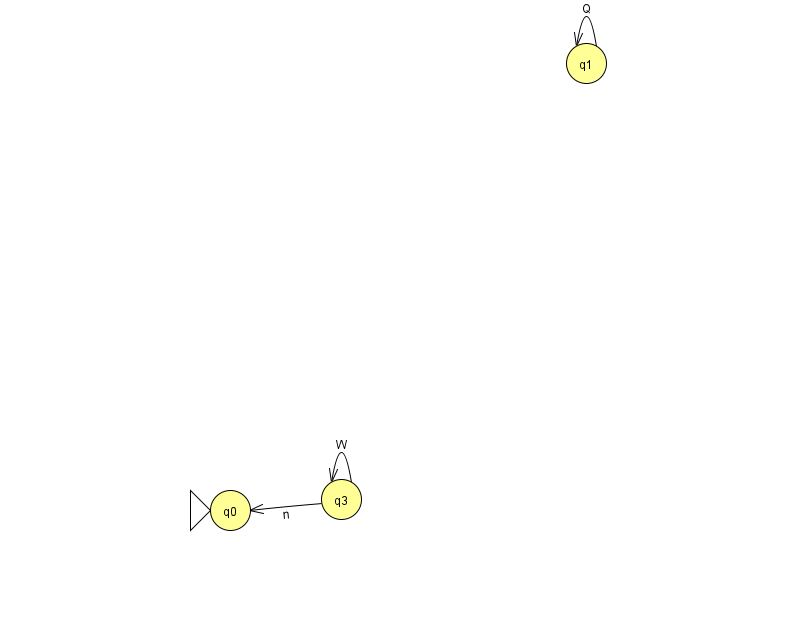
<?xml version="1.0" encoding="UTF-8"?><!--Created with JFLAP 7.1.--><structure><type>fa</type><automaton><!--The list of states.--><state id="0" name="q0"><x>230.0</x><y>497.0</y><initial/></state><state id="1" name="q1"><x>586.0</x><y>50.0</y></state><state id="3" name="q3"><x>341.0</x><y>486.0</y></state><!--The list of transitions.--><transition><from>1</from><to>1</to><read>Q</read></transition><transition><from>3</from><to>0</to><read>n</read></transition><transition><from>3</from><to>3</to><read>W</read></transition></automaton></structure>